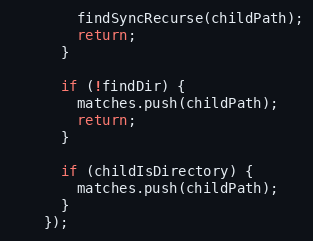
Language: JavaScript
        findSyncRecurse(childPath);
        return;
      }

      if (!findDir) {
        matches.push(childPath);
        return;
      }

      if (childIsDirectory) {
        matches.push(childPath);
      }
    });